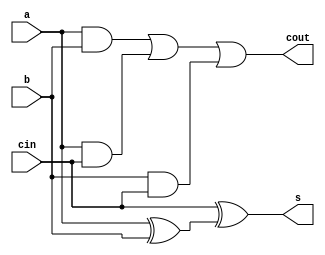
module FullAdder(s,cout,a,b,cin);
  `timescale 1ns/1ps
  input a,b,cin;
  output cout,s;
  wire [3:0] w;
  and  and1(w[0],a,b);
  and  and2(w[1],a,cin);
  and  and3(w[2],b,cin);
   or  or1(cout,w[0],w[1],w[2]);
  xor  xor1(w[3],a,b);
  xor  xor2(s,cin,w[3]);
   
endmodule